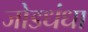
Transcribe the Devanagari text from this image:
जोडधंधा